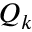
Q _ { k }